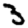
Digit: 3